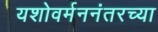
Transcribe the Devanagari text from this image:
यशोवर्मननंतरच्या